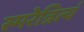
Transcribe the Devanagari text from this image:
स्मरेन्नित्यं